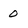
Character: 0